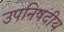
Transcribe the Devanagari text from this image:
उपनिषदीय